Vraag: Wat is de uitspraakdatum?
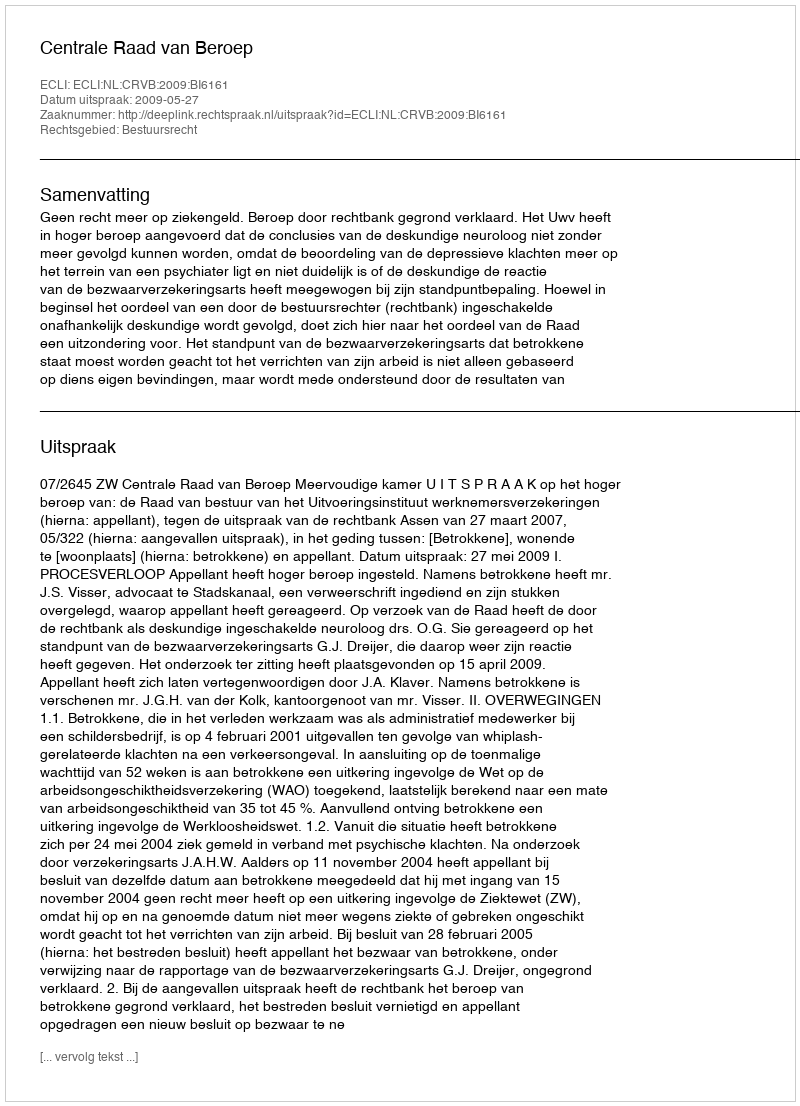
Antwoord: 2009-05-27